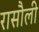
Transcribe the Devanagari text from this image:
रासौली